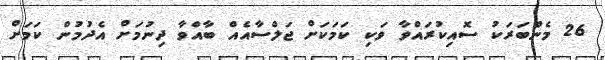
26 މެންބަރަކު ސޮއިކުރައްވާ ވަކި ކަމަކަށް ޖަލްސާއެއް ބާއްވާ ދިނުމަށް އެދުމުން ކަމަށް